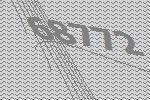
68772